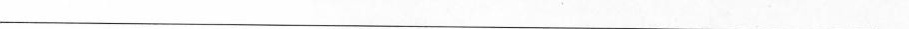
___